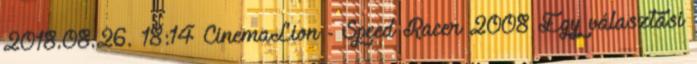
2018.08.26. 18:14 CinemaLion - Speed Racer 2008 Egy választási